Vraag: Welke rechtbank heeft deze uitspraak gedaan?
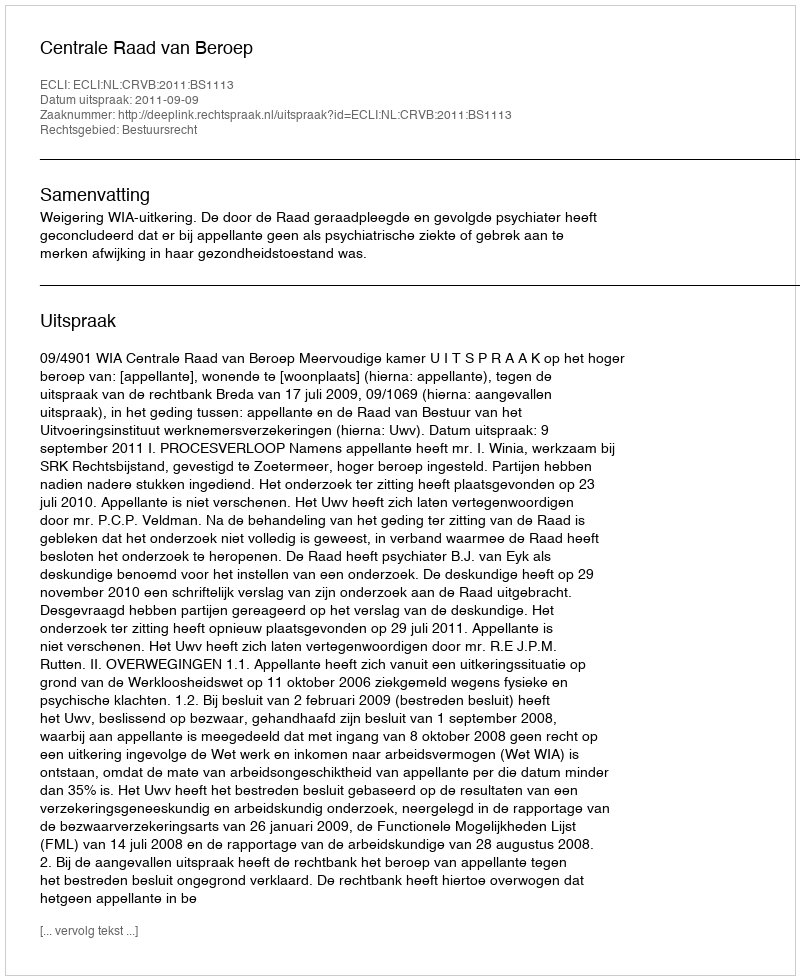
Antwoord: Centrale Raad van Beroep